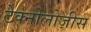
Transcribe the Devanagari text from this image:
टेक्नोलोज़ीस